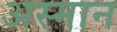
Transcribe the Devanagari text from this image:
अस्मान